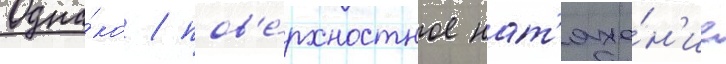
Одна́ко / пов'е́рхностное нат'яже́н'ие